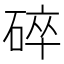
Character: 碎